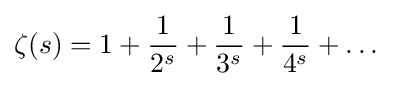
\zeta (s)=1+{\frac {1}{2^{s}}}+{\frac {1}{3^{s}}}+{\frac {1}{4^{s}}}+\dots